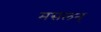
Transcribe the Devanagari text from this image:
मसलन्